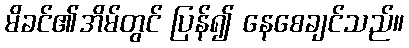
မိခင်၏အိမ်တွင် ပြန်၍ နေစေချင်သည်။